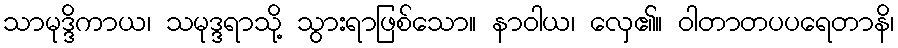
သာမုဒ္ဒိကာယ၊ သမုဒ္ဒရာသို့ သွားရာဖြစ်သော။ နာဝါယ၊ လှေ၏။ ဝါတာတပပရေတာနိ၊